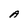
Character: A